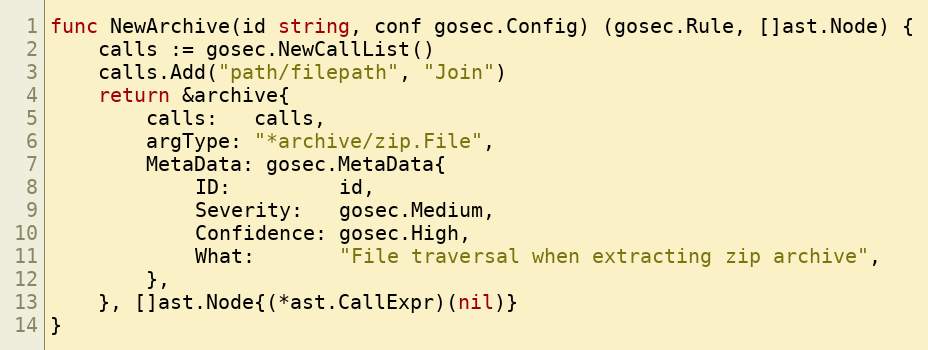
Language: Go
func NewArchive(id string, conf gosec.Config) (gosec.Rule, []ast.Node) {
	calls := gosec.NewCallList()
	calls.Add("path/filepath", "Join")
	return &archive{
		calls:   calls,
		argType: "*archive/zip.File",
		MetaData: gosec.MetaData{
			ID:         id,
			Severity:   gosec.Medium,
			Confidence: gosec.High,
			What:       "File traversal when extracting zip archive",
		},
	}, []ast.Node{(*ast.CallExpr)(nil)}
}